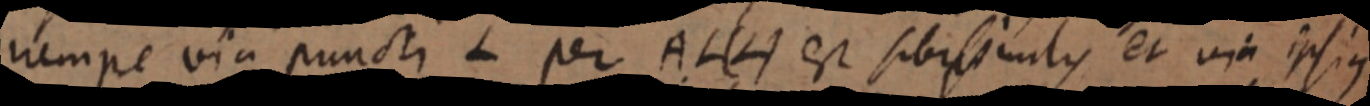
nempe via puncti L per AL (L) est sibi simulis et via ipsius